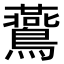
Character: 鷰